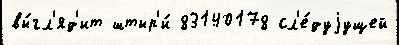
вы́гл'яд'ит штыр'и́ 83140178 сл'е́дуjущей